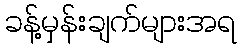
ခန့်မှန်းချက်များအရ